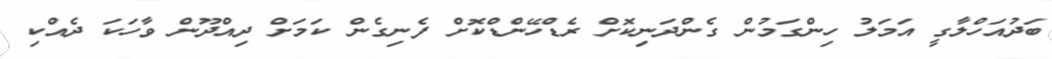
ބަދުއަހްލާގީ އަމަލު ހިންގަމުން ގެންދަނިކޮށް ރެޑްހޭންޑްކޮށް ފެނިގެން ކަމަށް ދިއްދޫން ވާހަކަ ދެއްކި